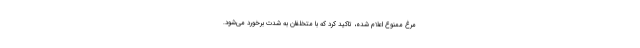
مرغ ممنوع اعلام شده، تاکید کرد که با متخلفان به شدت برخورد می‌شود.